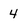
Character: 4